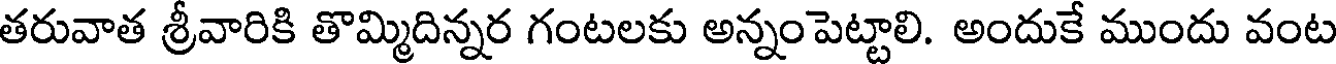
తరువాత శ్రీవారికి తొమ్మదిన్నర గంటలకు అన్నం పెట్టాలి. అందుకే ముందు వంట